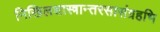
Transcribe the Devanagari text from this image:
निखिलशास्त्रान्तरसासंग्रहभि